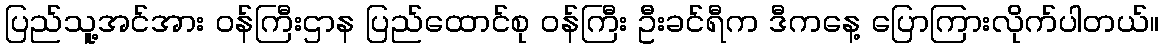
ပြည်သူ့အင်အား ဝန်ကြီးဌာန ပြည်ထောင်စု ဝန်ကြီး ဦးခင်ရီက ဒီကနေ့ ပြောကြားလိုက်ပါတယ်။